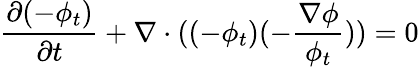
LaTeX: \frac{\partial(-\phi_{t})}{\partial t}+\nabla\cdot((-\phi_{t})(-\frac{\nabla\phi}{\phi_{t}}))=0